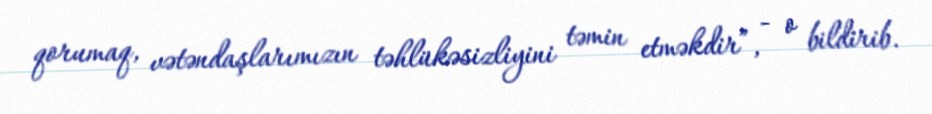
qorumaq, vətəndaşlarımızın təhlükəsizliyini təmin etməkdir”, - o bildirib.